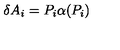
\delta A _ { i } = P _ { i } \alpha ( P _ { i } )